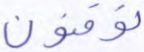
توقنون